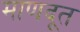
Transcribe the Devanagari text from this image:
माणदूत